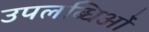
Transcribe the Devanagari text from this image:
उपलब्धिओं